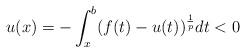
LaTeX: \begin{align*} u(x)=-\int_x^b(f(t)-u(t))^\frac{1}{p}dt <0 \end{align*}